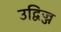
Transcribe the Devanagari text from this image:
उद्विज्ज